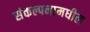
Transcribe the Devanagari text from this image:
संकल्पनामधील